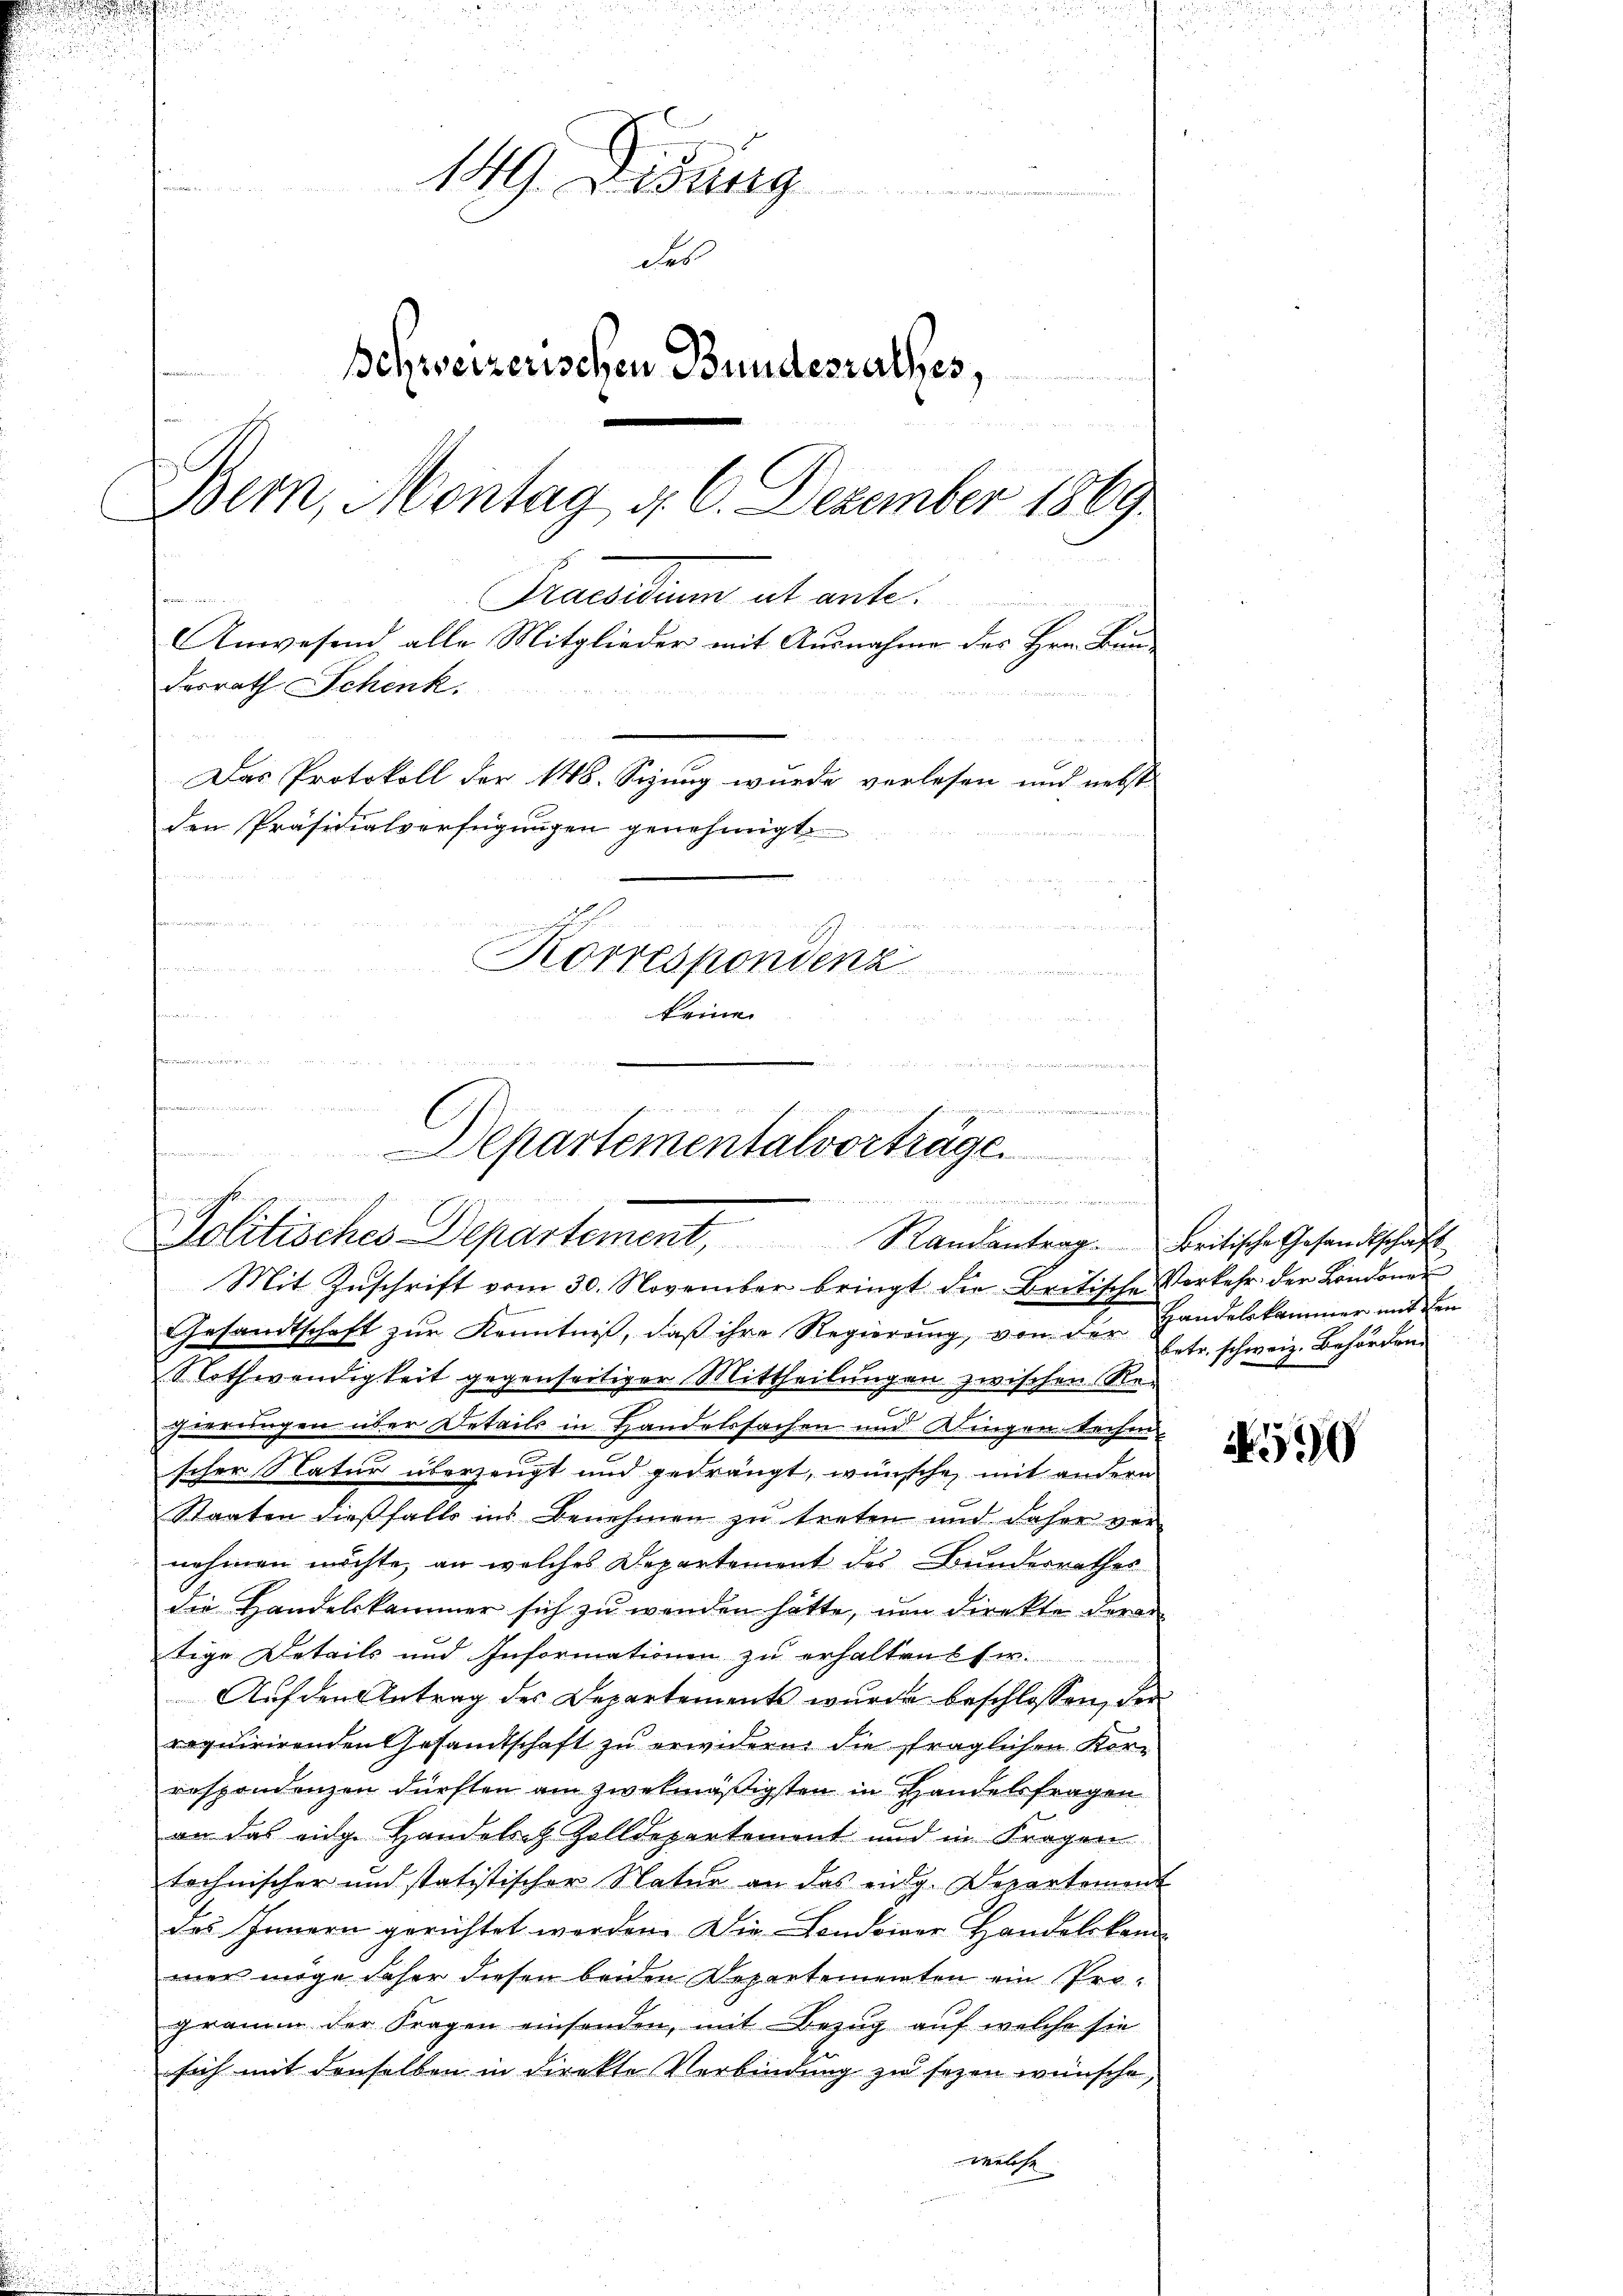
149. Diebung
des
Schweizerischen Bundesrathes,
e

Bern, Montag d. 6. Dezember 1869
Praesidum ab ante
Anwesend alle Mitglieder mit Ausnahme des Hrn. Bundesrath Schenk.
Das Protokoll der 148. Sezung wurde verlesen und nebst
den Präsidialverfügungen genehmigt.
n
Korrespondenz

n
irung
keine

n
Mit Zuschrift vom 30. November bringt die Britische Vorkehr der Londoner
Gesandtschaft zur Kenntniß, daß ihre Regierung, von der Handelskammer und in
Nothwendigkeit gegenseitiger Mittheilungen zwischen Re-
hierungen über Details in Handelssachen und Klingen techen
scher Natur überzeugt und gedrängt, wünsche mit andern
Staaten dießfalls ins Benehmen zu treten und daher ver-
nehmen möchte, an welches Departement des Bunderrathes
die Handelskammer sich zu wenden hatte, von direkte deran
tige Details und Informationen zu erhalten w
Auf den Antrag des Departements wurde beschlossen, der
requirirenden Gesandtschaft zu erwidern die fraglichen Kor-
respondenzen dürften am zwekmäßigsten in Handelsfragen
an das eige Handelsch Zolldepartement und in Fragen
technischer und statistischer Natur an das eidg. Departement
des Innern gerichtet werden. Die Londonner Handelskammer möge daher diesen beiden Departementen ein Programm der Fragen einsenden, mit Bezug auf welche sie
sich mit denselben in direkte Verbindung zu sezen wünsche,
welese

ungen den d. d. M
e
e
epartementalvorträge
n d. Bunden einen
Politisches Departement, Randantrarbeitische Gesandtschaft

betr. schweiz. Behörden.

590